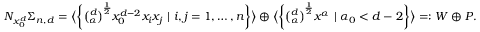
\begin{array} { r } { N _ { x _ { 0 } ^ { d } } { \Sigma } _ { n , d } = \big \langle \bigg \{ \binom { d } { \alpha } ^ { \frac { 1 } { 2 } } x _ { 0 } ^ { d - 2 } x _ { i } x _ { j } \ | \ i , j = 1 , \dots , n \bigg \} \big \rangle \oplus \big \langle \bigg \{ \binom { d } { \alpha } ^ { \frac { 1 } { 2 } } x ^ { \alpha } \ | \ \alpha _ { 0 } < d - 2 \bigg \} \big \rangle = : W \oplus P . } \end{array}